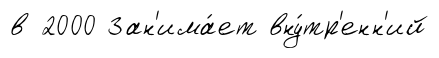
в 2000 Зан'има́ет вну́тр'енн'ий